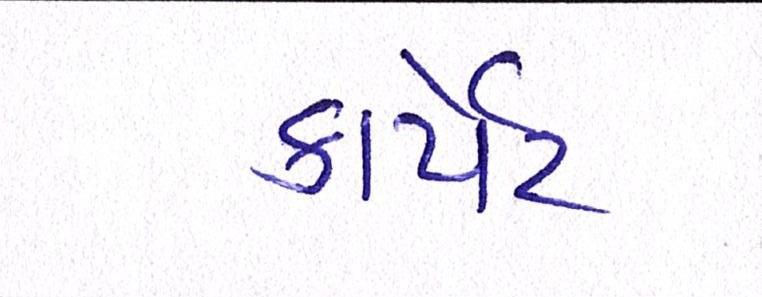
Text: કાર્પેટ